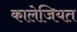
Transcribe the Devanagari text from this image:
कालेजियत